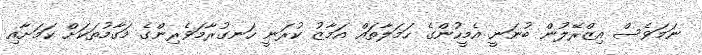
ނަމަވެސް އިޒްރޭލުން ބުނަނީ އެމީހުންގެ ހަމަލާތައް އަމާޒު ކުރަނީ ހަނގުރާމަވެރިންގެ މަގާމުތަކަށް ކަމަށާއި